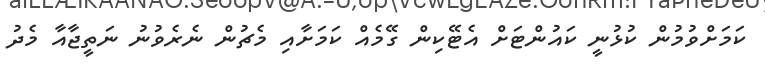
ކަމަށްވުމުން ކުޅުނީ ކައުންޓަށް އެޓޭކިން ގޭމެއް ކަމަށާއި މެޗުން ނެރެވުނު ނަތީޖާއާ މެދު